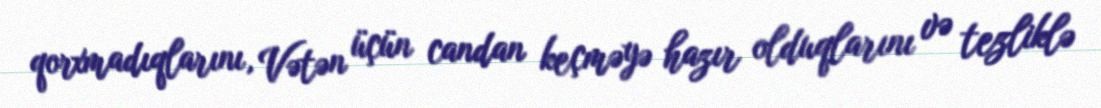
qorxmadıqlarını, Vətən üçün candan keçməyə hazır olduqlarını və tezliklə